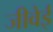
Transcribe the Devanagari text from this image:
जीवेई